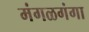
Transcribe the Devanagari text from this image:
मंगळगंगा